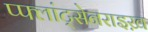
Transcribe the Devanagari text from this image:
प्फ्लांट्सेनराइख़